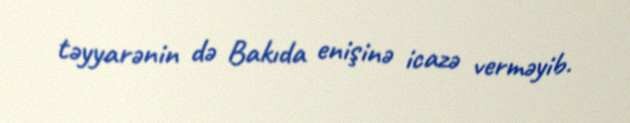
təyyarənin də Bakıda enişinə icazə verməyib.